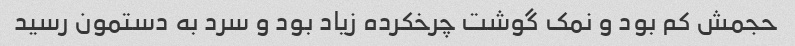
حجمش کم بود و نمک گوشت چرخکرده زیاد بود و سرد به دستمون رسید